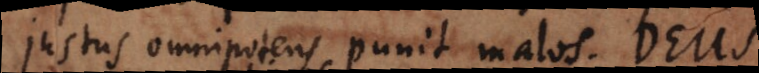
Justus omnipotens punit malos. Deus